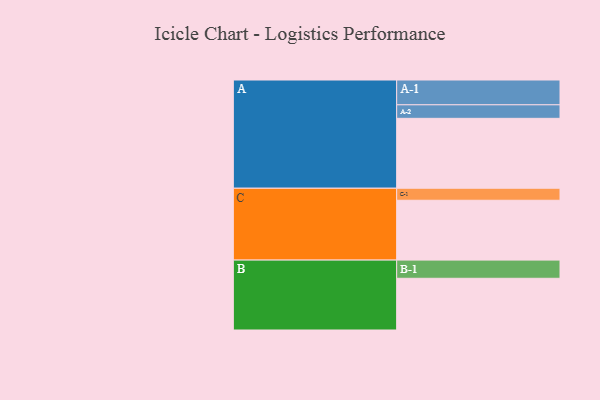
{"axis": {"x": "Segment", "y": "Value"}, "legend": ["", "A", "B", "C"], "data": [{"x": "A", "y": 465, "type": ""}, {"x": "B", "y": 344, "type": ""}, {"x": "C", "y": 398, "type": ""}, {"x": "A-1", "y": 165, "type": "A"}, {"x": "A-2", "y": 90, "type": "A"}, {"x": "B-1", "y": 121, "type": "B"}, {"x": "C-1", "y": 80, "type": "C"}]}